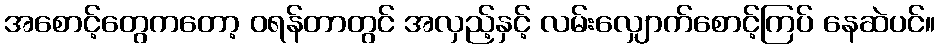
အစောင့်တွေကတော့ ဝရန်တာတွင် အလှည့်နှင့် လမ်းလျှောက်စောင့်ကြပ် နေဆဲပင်။